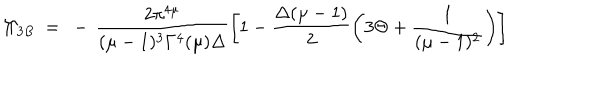
\Pi _ { 3 B } ~ = ~ - \, \frac { 2 \pi ^ { 4 \mu } } { ( \mu - 1 ) ^ { 3 } \Gamma ^ { 4 } ( \mu ) \Delta } \left[ 1 - \frac { \Delta ( \mu - 1 ) } { 2 } \left( 3 \Theta + \frac { 1 } { ( \mu - 1 ) ^ { 2 } } \right) \right]